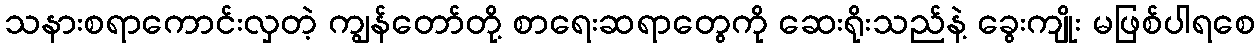
သနားစရာကောင်းလှတဲ့ ကျွန်တော်တို့ စာရေးဆရာတွေကို ဆေးရိုးသည်နဲ့ ခွေးကျိုး မဖြစ်ပါရစေ